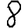
Digit: 8